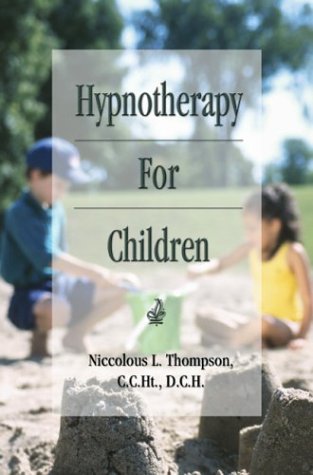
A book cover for Hypnotherapy For Children; C.C.Ht., Niccolous L. Thompson; Health, Fitness & Dieting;